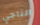
الناجي